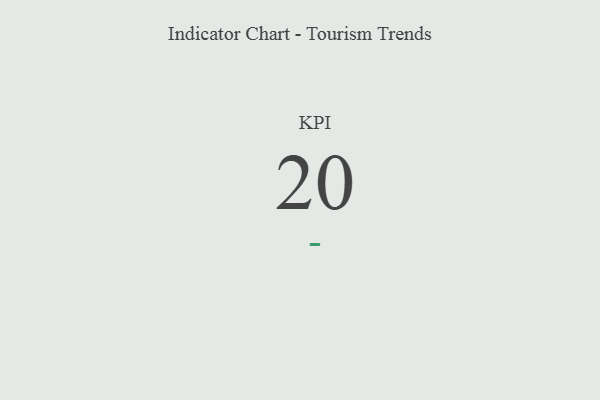
{"axis": {"x": "KPI", "y": "Value"}, "legend": [""], "data": [{"x": "KPI", "y": 20, "type": ""}]}